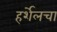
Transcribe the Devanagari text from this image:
हर्शेलचा